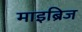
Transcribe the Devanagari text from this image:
माइब्रिज